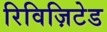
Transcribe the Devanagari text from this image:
रिविज़िटेड